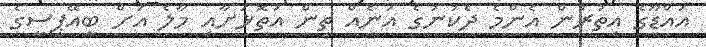
އައްޑޫގެ އިތުރުން އެންމެ ދެކުނުގެ އަނެއް ތިން އަތޮޅަށާއި މާލެ އަށް ބީއޭޕީސީގެ